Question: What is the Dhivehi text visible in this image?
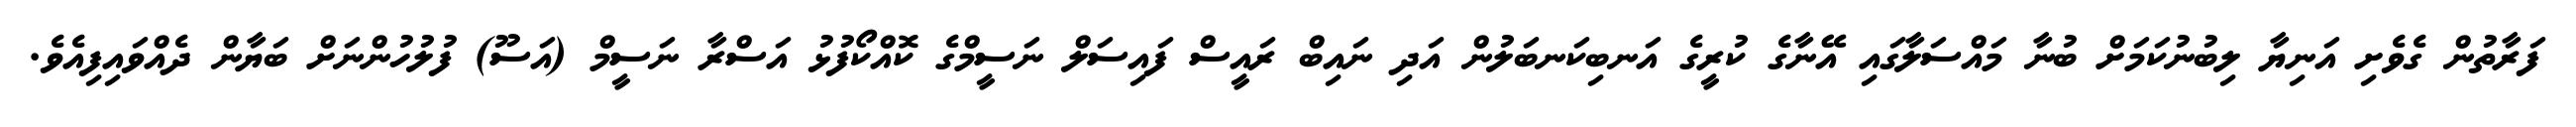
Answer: ފަރާތުން ގެވެށި އަނިޔާ ލިބުނުކަމަށް ބުނާ މައްސަލާގައި އޭނާގެ ކުރީގެ އަނބިކަނބަލުން އަދި ނައިބް ރައީސް ފައިސަލް ނަސީމްގެ ކޮއްކޯފުޅު އަސްރާ ނަސީމް (އަސޫ) ފުލުހުންނަށް ބަޔާން ދެއްވައިފިއެވެ.